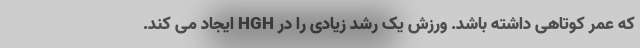
که عمر کوتاهی داشته باشد. ورزش یک رشد زیادی را در HGH ایجاد می کند.